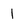
Character: 1